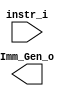
/***************************************************
Student Name: 
Student ID: 
***************************************************/

`timescale 1ns/1ps

module Imm_Gen(
	input  [31:0] instr_i,
	output [31:0] Imm_Gen_o
	);

/* Write your code HERE */

				
endmodule